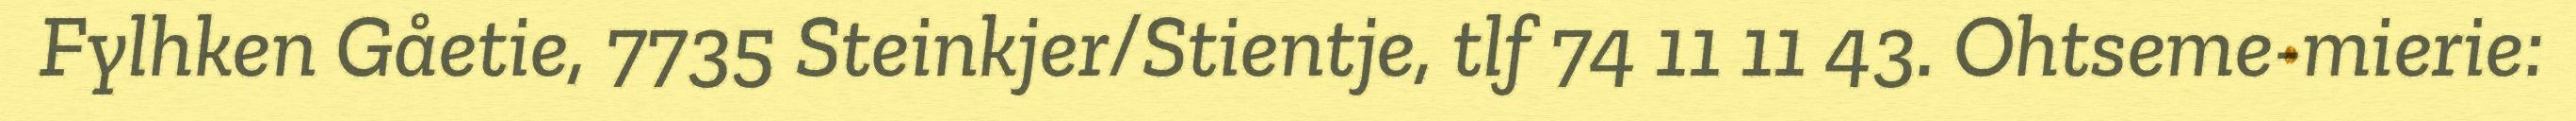
Fylhken Gåetie, 7735 Steinkjer/Stientje, tlf 74 11 11 43. Ohtseme-mierie: